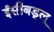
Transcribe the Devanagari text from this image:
ईसीबड्लू